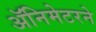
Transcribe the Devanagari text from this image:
ॲनिमेटरने